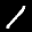
Label: 1